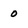
Character: o